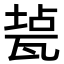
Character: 㼭